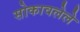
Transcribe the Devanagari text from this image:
सोकावलेले